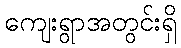
ကျေးရွာအတွင်းရှိ